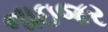
નાઇજર